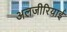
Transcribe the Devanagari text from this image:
अलजीरियाई